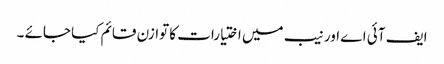
ایف آئی اے اور نیب میں اختیارات کا توازن قائم کیا جائے ۔